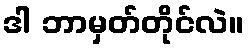
ဒါ ဘာမှတ်တိုင်လဲ။